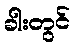
ခါးတွင်